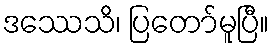
ဒဿေသိ၊ ပြတော်မူပြီ။